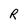
Character: R